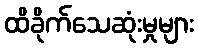
ထိခိုက်သေဆုံးမှုများ